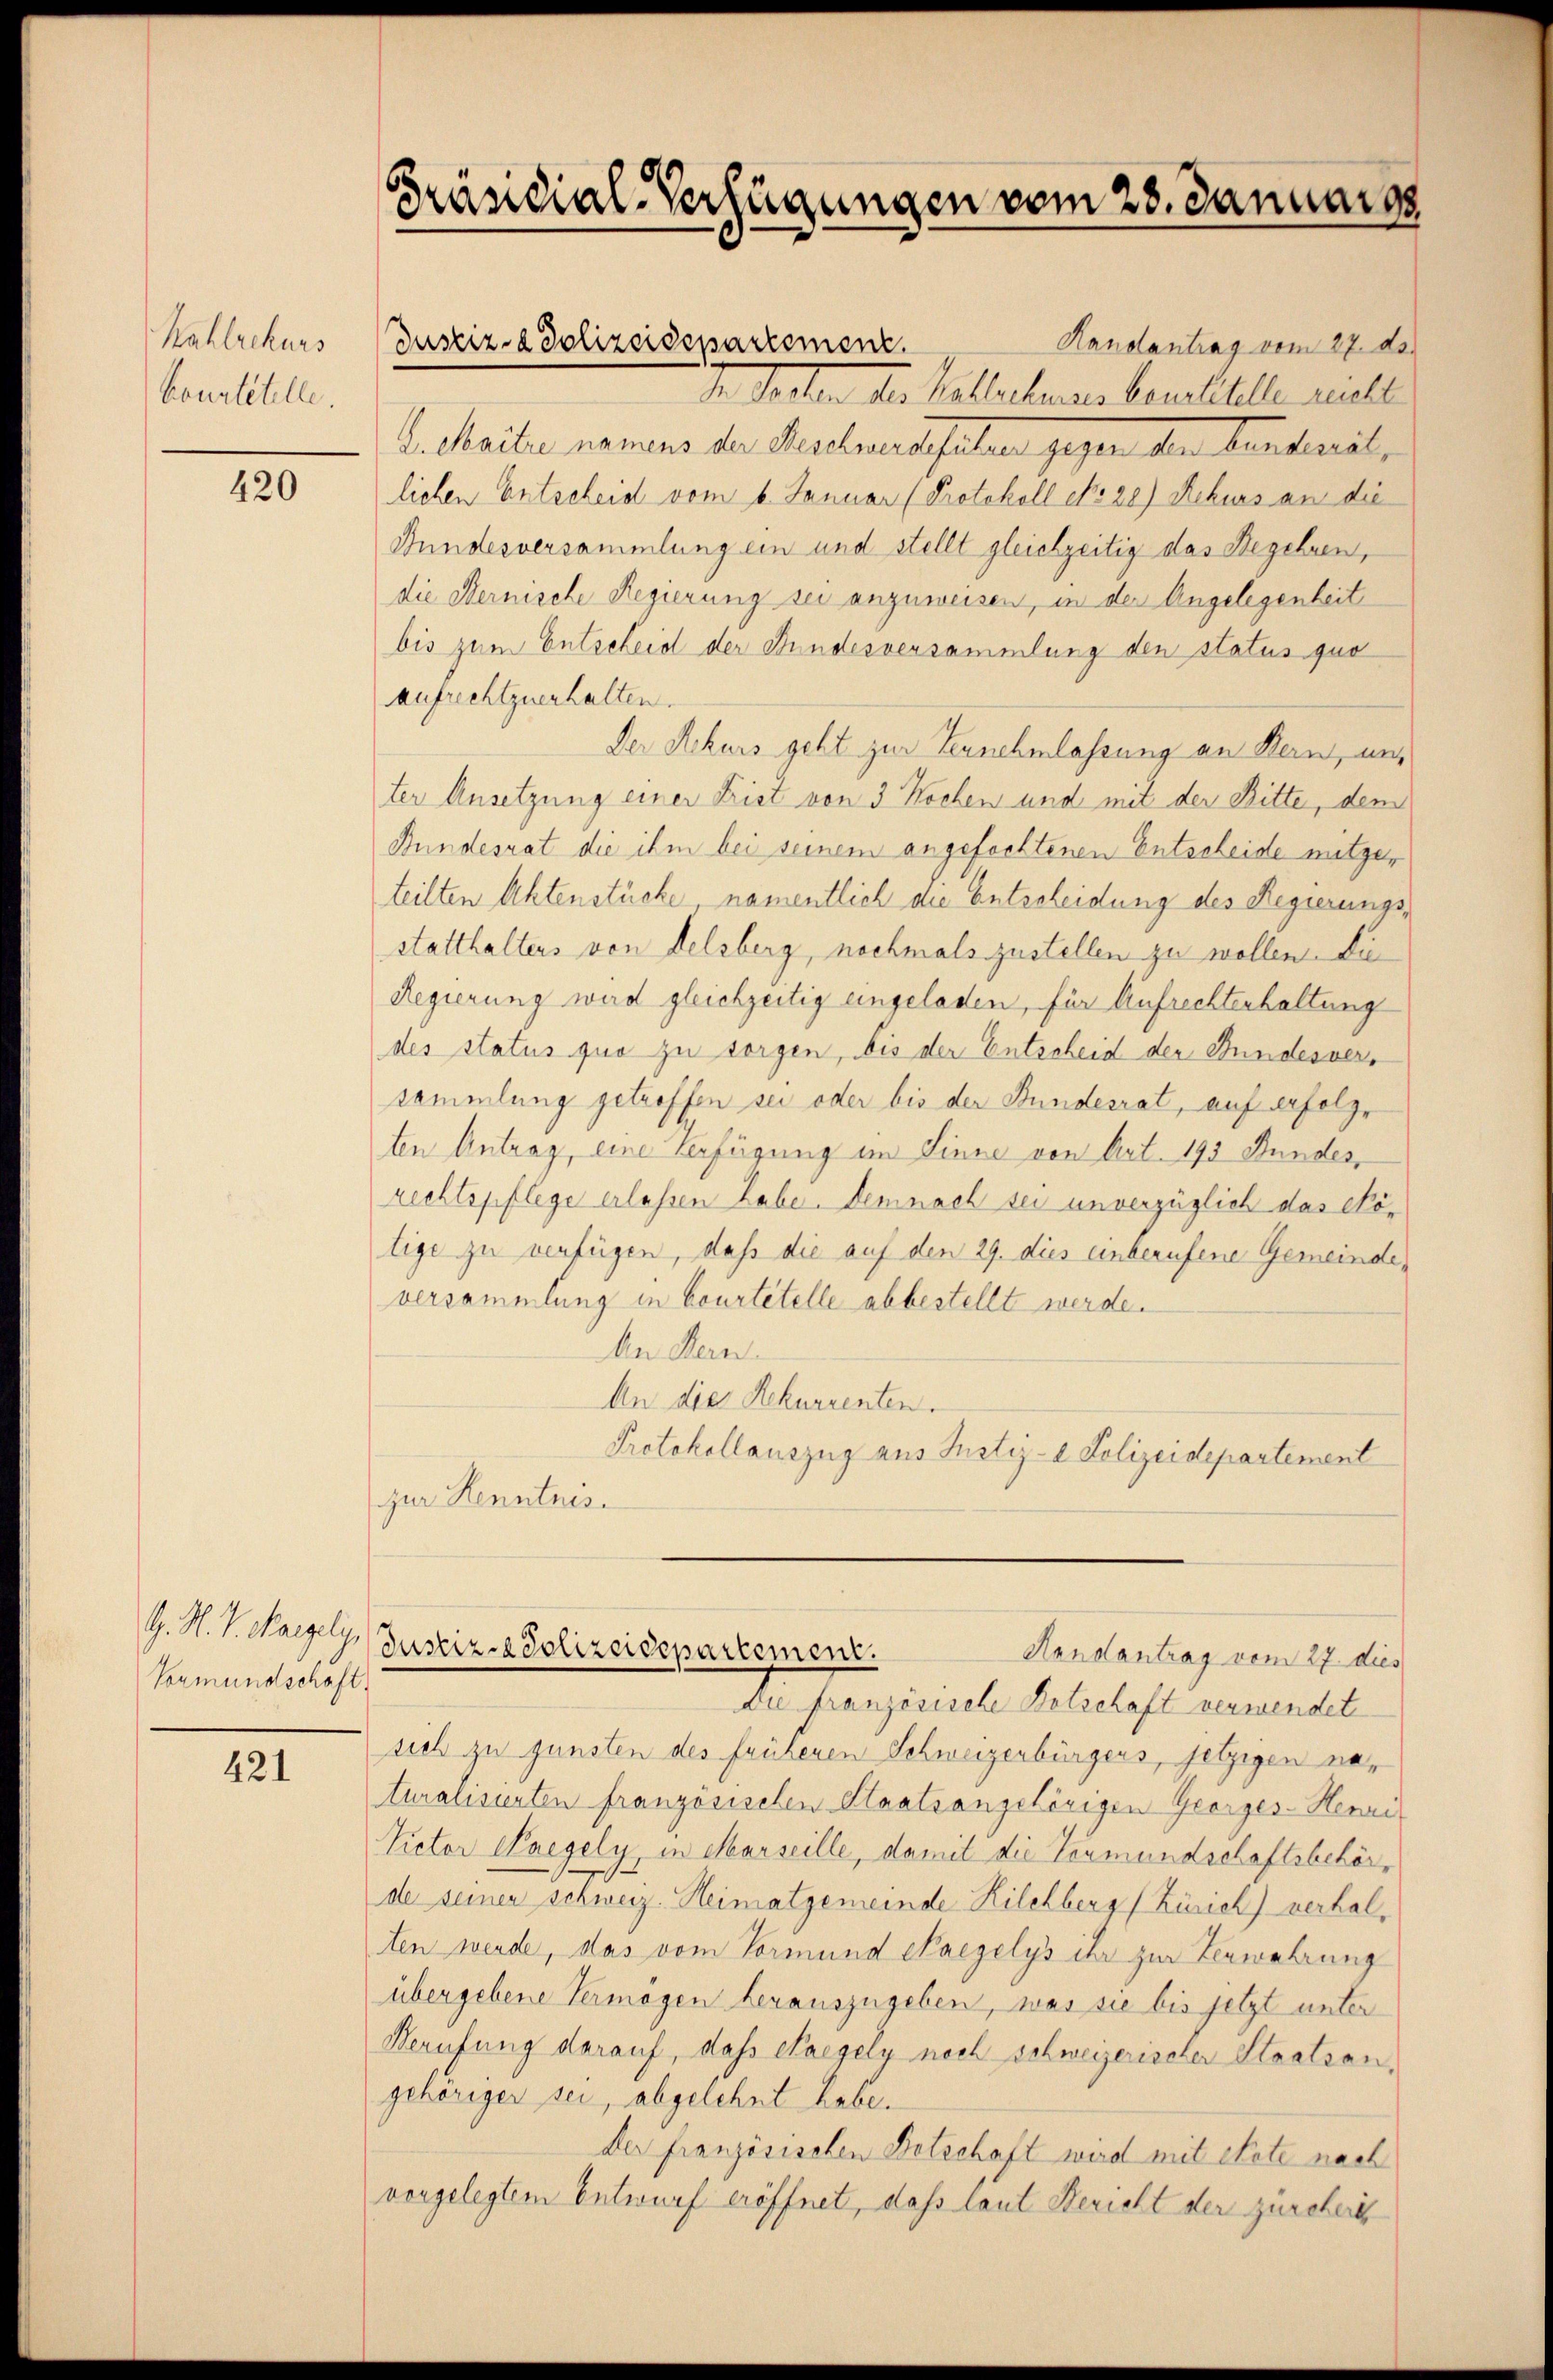
Kahlrekurs
Courtitelle.

420

G. N. V. Parzely,
Vormundschaft

421

Randantrag vom 27. ds.
d. Kosten der Kaltschenden konstitele nicht
S. Maite namens der Beschmarschalen gegen der Carteil,
lichen Entscheid vom 6. Januar (Protokoll No 28) Rekurs an die
Bundesversammlung ein und stellt gleichzeitig das Begehren,
die Sternische Regierung sei anzuweisen, in der Angelegenheit
bis zum Entscheid der Stundesversammlung den status quo
aufrechtzuerhalten.
Der Rekurs geht zur Vernehmlassung an Bern, un
ter Ansetzung einer Frist von 3 Wochen und mit der Bitte, dem
Bundesrat die ihm bei seinem angefochtenen Entscheide mitgeteilten Aktenstücke namentlich die Entscheidung des Regierungsstatthaltens von Felsberg, nochmals zustellen zu wollen. Die
Regierung wird gleichzeitig eingeladen, für Aufrechterhaltung
des status quo zu sorgen, bis der Entscheid der Stundesversammlung getroffen sei oder bis der Bundesrat, auf erfolgten Antrag, eine Verfügung im Sinne von Art. 193 Bundes,
rechtspflege erlassen Labe. Demnach sei unverzüglich das Nötige zu verfügen, daß die auf den 29. dies unberufene Gemeindeversammlung in Courtitelle abbestellt werde.
An Kern
An die Rekurrenten.
Protokollauszug aus Justiz- & Polizeidepartement
zur Kenntnis.

Präsidial-Verfügungen vom 28. Januars

Justiz- & Polizeidepartement.

Justiz-Polizeidepartement.
Handantrag vom 27. dies

Die französische Botschaft verwendet
sich zu gunsten des früheren Schweizerbürgers, jetzigen naturalisirten französischen Staatsangehörigen Georges-Henri
Victor Weegely, in Marseille, damit die Leumundschaftsbehörde seinen Schweiz. Heimatgemeinde Kilchberg (Zürich) verhalten werde, das vom Vormund regelys ihr zur Verwahrung
übergebene Vermögen herauszugeben, was sie bis jetzt unter
Berufung darauf, daß Paegely noch schweizerischer Staatsangehöriger sei, abgelehnt habe.
Der französischen Botschaft wird mit ehrte nach
vorgelegtem Entwurf eröffnet, daß laut Bericht der zürcher